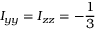
I _ { y y } = I _ { z z } = - \frac { 1 } { 3 }